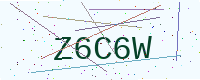
Text: Z6C6W